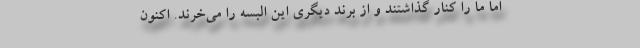
اما ما را کنار گذاشتند و از برند دیگری این البسه را می‌خرند. اکنون